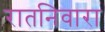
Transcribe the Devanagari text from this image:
रातनिवारा